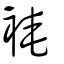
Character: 裺